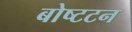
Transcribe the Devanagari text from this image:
बोष्टटन